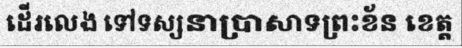
ដើរលេង ទៅទស្សនាប្រាសាទព្រះខ័ន ខេត្ត